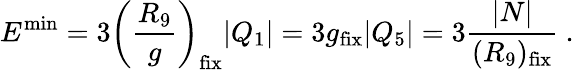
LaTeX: E^{\mathrm{min}}=3\left({\frac{R_{9}}{g}}\right)_{\mathrm{fix}}|Q_{1}|=3g_{\mathrm{fix}}|Q_{5}|=3{\frac{|N|}{(R_{9})_{\mathrm{fix}}}}\ .